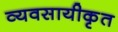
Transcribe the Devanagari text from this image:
व्यवसायीकृत